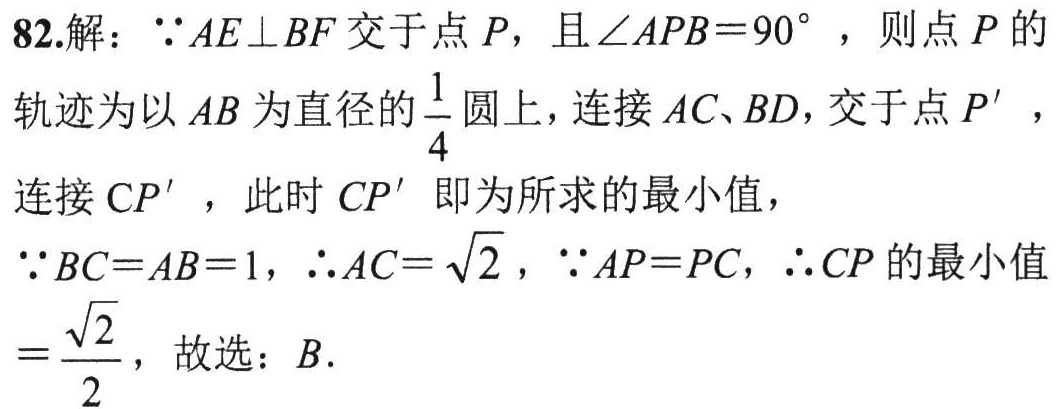
82.解：\(\because AE\perp BF\)交于点\(P\)，且\(\angle APB = 90^{\circ}\)，则点\(P\)的
轨迹为以\(AB\)为直径的\(\frac{1}{4}\)圆上，连接\(AC、BD\)，交于点\(P'\)，
连接\(CP'\)，此时\(CP'\)即为所求的最小值，
\(\because BC = AB = 1\)，\(\therefore AC=\sqrt{2}\)，\(\because AP = PC\)，\(\therefore CP\)的最小值
\(=\frac{\sqrt{2}}{2}\)，故选：\(B\).